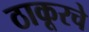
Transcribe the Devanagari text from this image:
ठाकूरचे